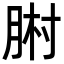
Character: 𦛻